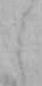
し